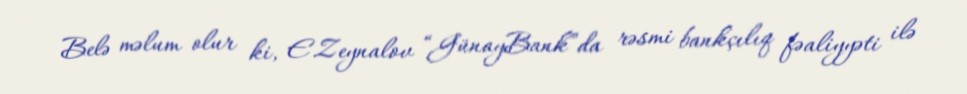
Belə məlum olur ki, E.Zeynalov “GünayBank”da rəsmi bankçılıq fəaliyyəti ilə